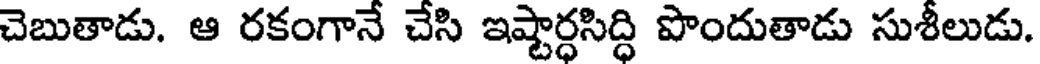
చెబుతాడు. ఆ రకంగానే చేసి ఇష్టార్ధసిద్ధి పొందుతాడు సుశీలుడు.